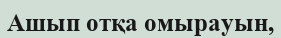
Ашып отқа омырауын,